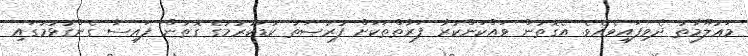
މަޢުލޫމާތު ދެވިފައިވެއެވެ. އެގޮތުން ވައްކަންކުރާ ފަރާތްތަކަށް ފުރުޞަތު ކުޑަކުރުމުގެ ގޮތުން ފައިސާ ގެންގުޅުމުގައި